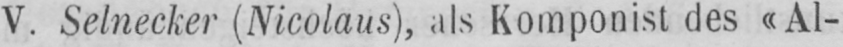
V. Selnecker (Nicolaus), als Komponist des «Al-